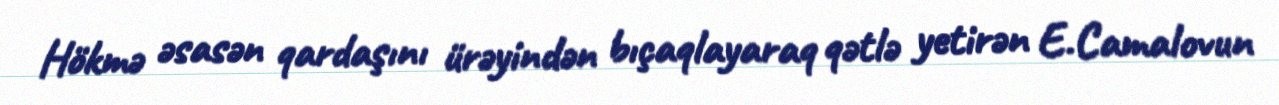
Hökmə əsasən qardaşını ürəyindən bıçaqlayaraq qətlə yetirən E.Camalovun